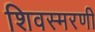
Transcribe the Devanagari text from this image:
शिवस्मरणी